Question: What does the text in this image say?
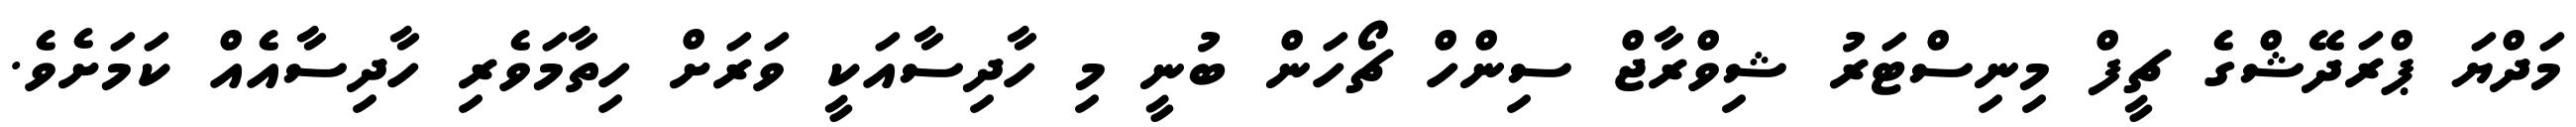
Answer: މަދްޔަ ޕްރަދޭޝްގެ ޗީފް މިނިސްޓަރު ޝިވްރާޖް ސިންހް ޗޯހަން ބުނީ މި ހާދިސާއަކީ ވަރަށް ހިތާމަވެރި ހާދިސާއެއް ކަމަށެވެ.